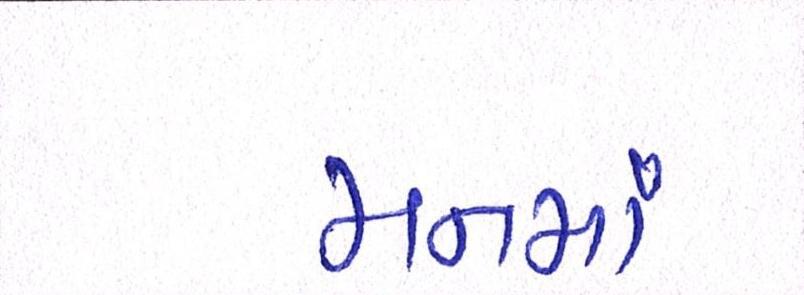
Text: મનમાં